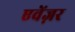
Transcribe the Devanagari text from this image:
एवेंज़र